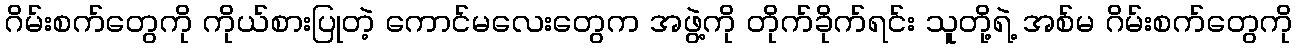
ဂိမ်းစက်တွေကို ကိုယ်စားပြုတဲ့ ကောင်မလေးတွေက အဖွဲ့ကို တိုက်ခိုက်ရင်း သူတို့ရဲ့ အစ်မ ဂိမ်းစက်တွေကို